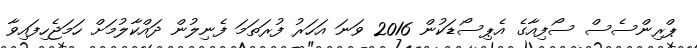
ޕްރިންސެސް ސޯފިއާގެ އެޕިސޯޑަކުން 2016 ވަނަ އަހަރު ފުރަތަަމަ ފެނިލުން ދައްކާލުމަށް ހަމަޖެހިފައިވާ